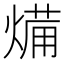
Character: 𭵥